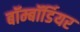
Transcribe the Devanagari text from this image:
बॉम्बॉर्डियर